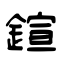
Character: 鍹